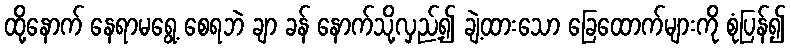
ထို့နောက် နေရာမရွေ့ စေရဘဲ ချာ ခန် နောက်သို့လှည့်၍ ချဲ့ထားသော ခြေထောက်များကို စုံပြန်၍